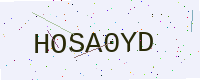
Text: HOSA0YD